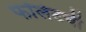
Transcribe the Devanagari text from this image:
फॉलेटची